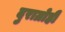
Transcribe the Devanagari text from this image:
दुराग्रोही